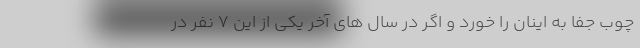
چوب جفا به اینان را خورد و اگر در سال های آخر یکی از این 7 نفر در